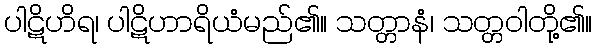
ပါဋိဟိရ၊ ပါဋိဟာရိယံမည်၏။ သတ္တာနံ၊ သတ္တဝါတို့၏။